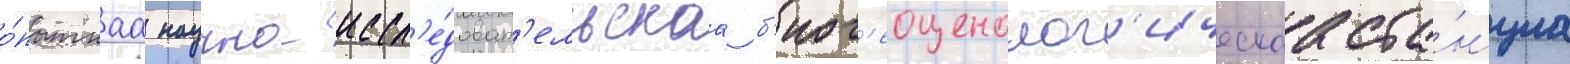
о́пытнаа научно-иссл'е́доват'ельскаа б'иог'еоценолог'ическаа ста́нциа